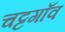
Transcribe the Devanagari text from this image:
चट्टगाँव